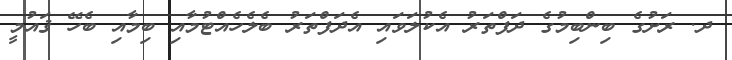
ދ. ރަށުގެ ބިންބިމުގެ ދަފްތަރު އެކުލަވައި އެދަފްތަރު ބެލެހެއްޓުމާއި ބިމާއި ބެހޭ ޤައުމީ